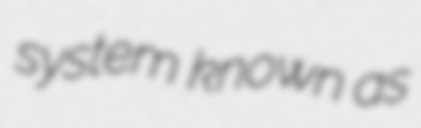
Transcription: system known as